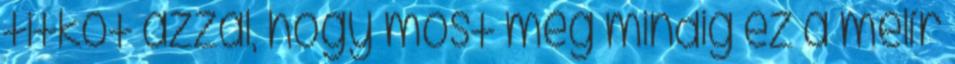
titkot azzal, hogy most még mindig ez a melír